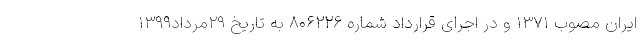
ایران مصوب ۱۳۷۱ و در اجرای قرارداد شماره ۸۰۶۲۲۶ به تاریخ ۲۹مرداد۱۳۹۹